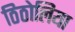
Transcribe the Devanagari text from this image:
ठिठोलिया